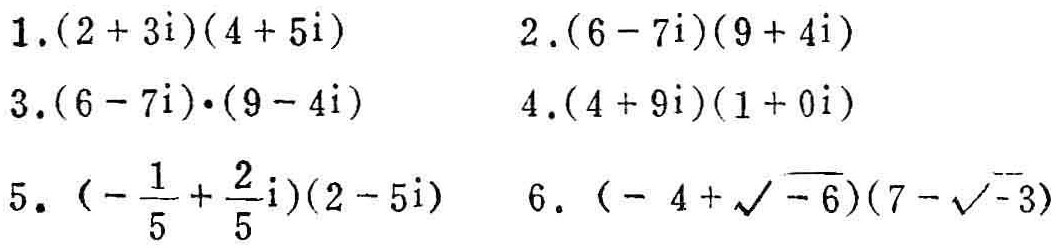
1. \((2 + 3i)(4 + 5i)\)
2. \((6 - 7i)(9 + 4i)\)
3. \((6 - 7i)\cdot(9 - 4i)\)
4. \((4 + 9i)(1 + 0i)\)
5. \((-\frac{1}{5}+\frac{2}{5}i)(2 - 5i)\)
6. \((-4+\sqrt{-6})(7-\sqrt{-3})\)